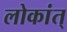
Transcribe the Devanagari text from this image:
लोकांत्‌